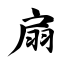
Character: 扇